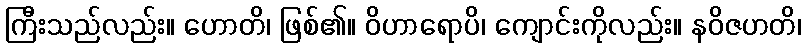
ကြီးသည်လည်း။ ဟောတိ၊ ဖြစ်၏။ ဝိဟာရောပိ၊ ကျောင်းကိုလည်း။ နဝိဇဟတိ၊